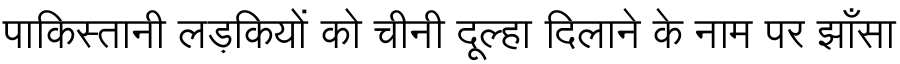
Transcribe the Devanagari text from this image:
पाकिस्तानी लड़कियों को चीनी दूल्हा दिलाने के नाम पर झाँसा